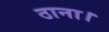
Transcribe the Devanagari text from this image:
ठाना।